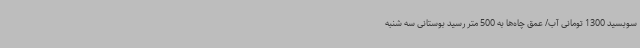
سوبسید 1300 تومانی آب/ عمق چاه‌ها به 500 متر رسید بوستانی سه شنبه